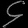
Digit: ၄